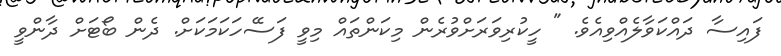
ފައިސާ ދައްކަވާލެއްވިއެވެ. " ހީކުރިވަރަށްވުރެން މިކަންތައް މިވީ ފަސޭހަކަމަކަށް. ދެން ބޯޓަށް ދާންވީ